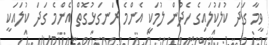
ވީމާ ގަދަ ކުލަކުލައިގެ ހެދުން ލުމަކީ އެންމެ ރަނގަޅުގޮތް އެންމެ ގަދަ ކުލައަކީ